Lunatic asylums Punjab 1911-1921 - 1911-1921
Year: 1911
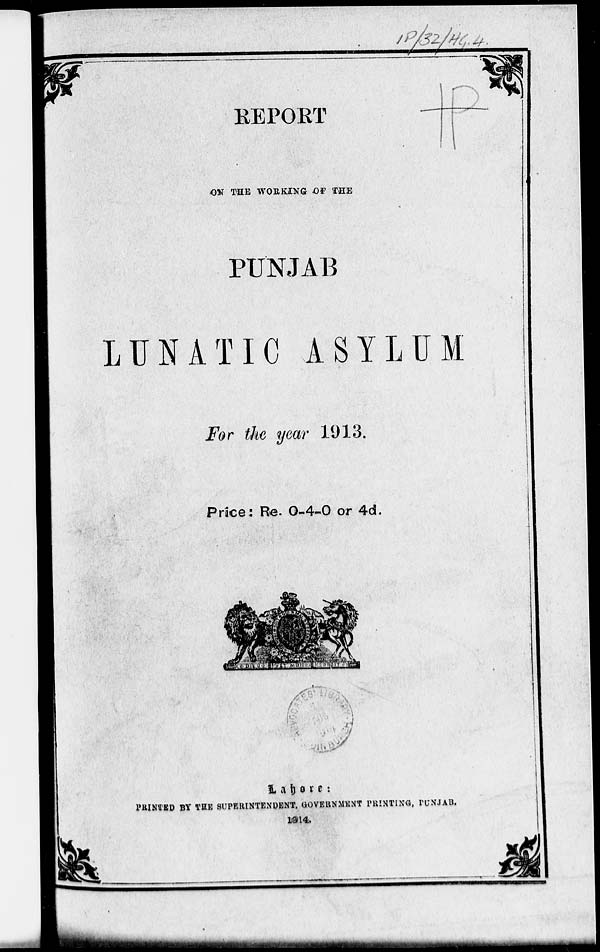
REPORT
ON THE WORKING OF THE
PUNJAB
LUNATIC ASYLUM
For the year 1913.
Price: Re. 0-4-0 or 4d.
Lahore
:
PRINTED BY THE SUPERINTENDENT, GOVERNMENT PRINTING, PUNJAB.
1914.